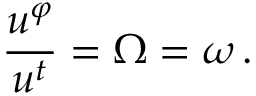
\frac { u ^ { \varphi } } { u ^ { t } } = \Omega = \omega \, .